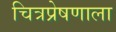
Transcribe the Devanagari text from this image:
चित्रप्रेषणाला